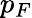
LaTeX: p_{F}